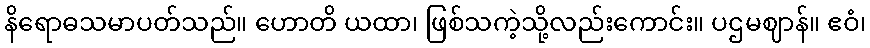
နိရောဓသမာပတ်သည်။ ဟောတိ ယထာ၊ ဖြစ်သကဲ့သို့လည်းကောင်း။ ပဌမဈာန်။ ဧဝံ၊